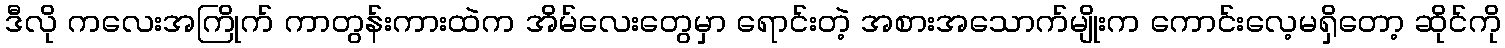
ဒီလို ကလေးအကြိုက် ကာတွန်းကားထဲက အိမ်လေးတွေမှာ ရောင်းတဲ့ အစားအသောက်မျိုးက ကောင်းလေ့မရှိတော့ ဆိုင်ကို